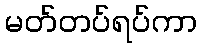
မတ်တပ်ရပ်ကာ